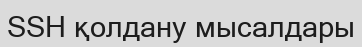
SSH қолдану мысалдары